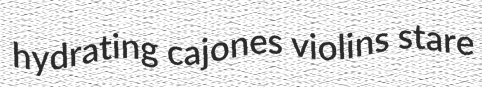
hydrating cajones violins stare